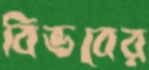
বিভবের